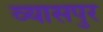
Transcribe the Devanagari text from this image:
व्‍यासपुर